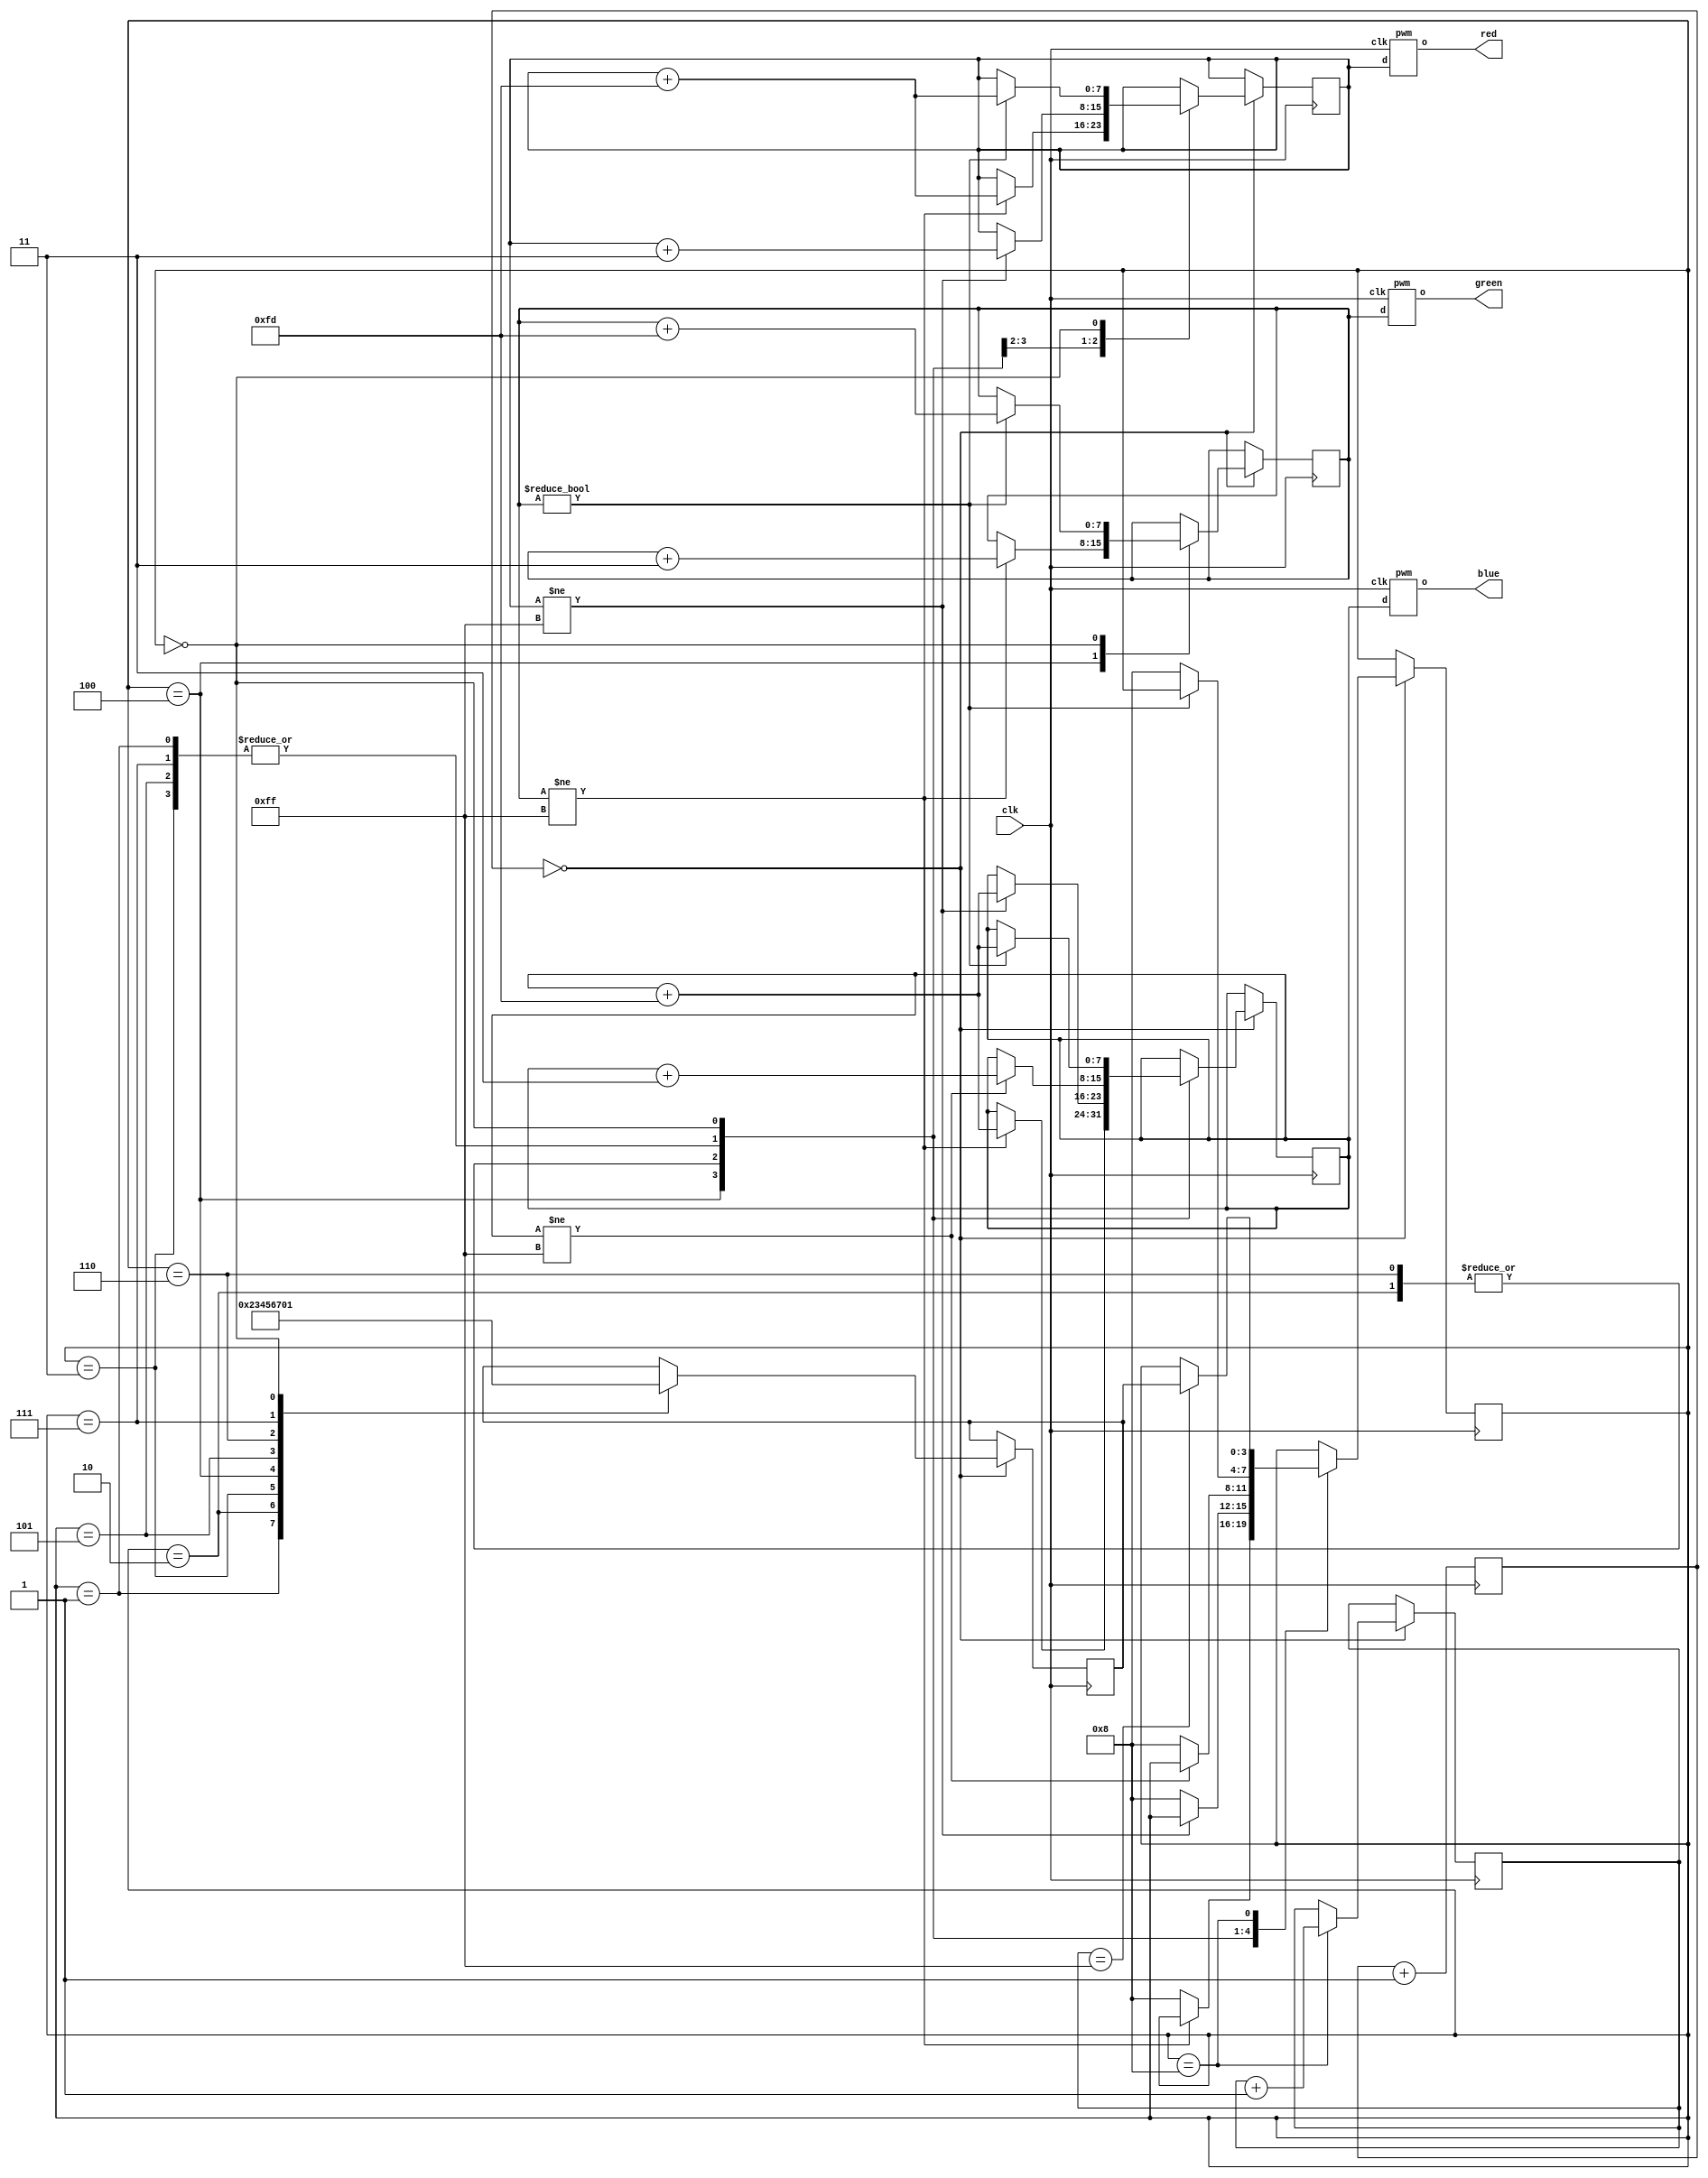
/* 
 * LED PWM test for Pano Logic
 * Copyright (c) 2018 Miguel Angel Rodriguez Jodar.
 * 
 * This program is free software: you can redistribute it and/or modify  
 * it under the terms of the GNU General Public License as published by  
 * the Free Software Foundation, version 3.
 *
 * This program is distributed in the hope that it will be useful, but 
 * WITHOUT ANY WARRANTY; without even the implied warranty of 
 * MERCHANTABILITY or FITNESS FOR A PARTICULAR PURPOSE. See the GNU 
 * General Public License for more details.
 *
 * You should have received a copy of the GNU General Public License 
 * along with this program. If not, see <http://www.gnu.org/licenses/>.
 */

`timescale 1ns / 1ps
`default_nettype none

module rgb_leds_pwm (
  input wire clk,  // 25  125 MHz
  output wire red,
  output wire green,
  output wire blue
  );
  
  reg [7:0] vred = 8'd0, vgreen = 8'd0, vblue = 8'd0;
  
  pwm pwm_red (
    .clk(clk),
    .d(vred),
    .o(red)
  );
  
  pwm pwm_green (
    .clk(clk),
    .d(vgreen),
    .o(green)
  );

  pwm pwm_blue (
    .clk(clk),
    .d(vblue),
    .o(blue)
  );
  
  reg [17:0] clkdiv = 18'd0;
  // cuenta 262144 ciclos de reloj. Hace que la FSM se active cada 262144/25000 milisegundos = 10,4 ms
  
  localparam
    NEGRO    = 4'd0,
    AZUL     = 4'd1,
    ROJO     = 4'd2,
    MAGENTA  = 4'd3,
    VERDE    = 4'd4,
    CYAN     = 4'd5,
    AMARILLO = 4'd6,
    BLANCO   = 4'd7,
    PAUSA    = 4'd8;    
  reg [3:0] estado = AZUL;
  reg [3:0] retorno_pausa = NEGRO;
  reg [7:0] cntpausa = 8'd0;
  
  always @(posedge clk) begin
    clkdiv <= clkdiv + 18'd1;
    if (clkdiv == 18'd0) begin
      case (estado)
        AZUL:
          begin
            retorno_pausa <= ROJO;
            if (vblue != 8'd255)
              vblue <= vblue + 8'd3;
            else
              estado <= PAUSA;
          end
        ROJO:
          begin
            retorno_pausa <= MAGENTA;
            if (vred != 8'd255) begin
              vred <= vred + 8'd3;
              vblue <= vblue + 8'hFD;
            end
            else
              estado <= PAUSA;
          end
        MAGENTA:
          begin
            retorno_pausa <= VERDE;
            if (vblue != 8'd255)
              vblue <= vblue + 8'd3;
            else
              estado <= PAUSA;
          end
        VERDE:
          begin
            retorno_pausa <= CYAN;
            if (vgreen != 8'd255) begin
              vgreen <= vgreen + 8'd3;
              vblue <= vblue + 8'hFD;
              vred <= vred + 8'hFD;
            end
            else
              estado <= PAUSA;
          end
        CYAN:
          begin
            retorno_pausa <= AMARILLO;
            if (vblue != 8'd255)
              vblue <= vblue + 8'd3;
            else
              estado <= PAUSA;
          end
        AMARILLO:
          begin
            retorno_pausa <= BLANCO;
            if (vred != 8'd255) begin
              vred <= vred + 8'd3;
              vblue <= vblue + 8'hFD;
            end
            else
              estado <= PAUSA;
          end
        BLANCO:
          begin
            retorno_pausa <= NEGRO;
            if (vblue != 8'd255)
              vblue <= vblue + 8'd3;
            else
              estado <= PAUSA;
          end
        NEGRO:
          begin
            retorno_pausa <= AZUL;
            if (vgreen != 8'd0) begin
              vgreen <= vgreen + 8'hFD;
              vblue <= vblue + 8'hFD;
              vred <= vred + 8'hFD;
            end
            else
              estado <= PAUSA;
          end
        PAUSA:
          begin
            cntpausa <= cntpausa + 8'd1;
            if (cntpausa == 8'd255)
              estado <= retorno_pausa;
          end
      endcase    
    end
  end
endmodule

module pwm (
  input wire clk,
  input wire [7:0] d,
  output reg o
  );
  
  reg [7:0] cnt = 8'd0;
  initial o = 1'b1;
  always @(posedge clk) begin
    cnt <= cnt + 8'd1;
    if (cnt == 8'd255)
      if (d == 8'd0)
        o <= 1'b0;
      else
        o <= 1'b1;
    else if (cnt >= d)
      o <= 1'b0;
  end
endmodule